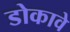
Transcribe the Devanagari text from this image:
डोकावे